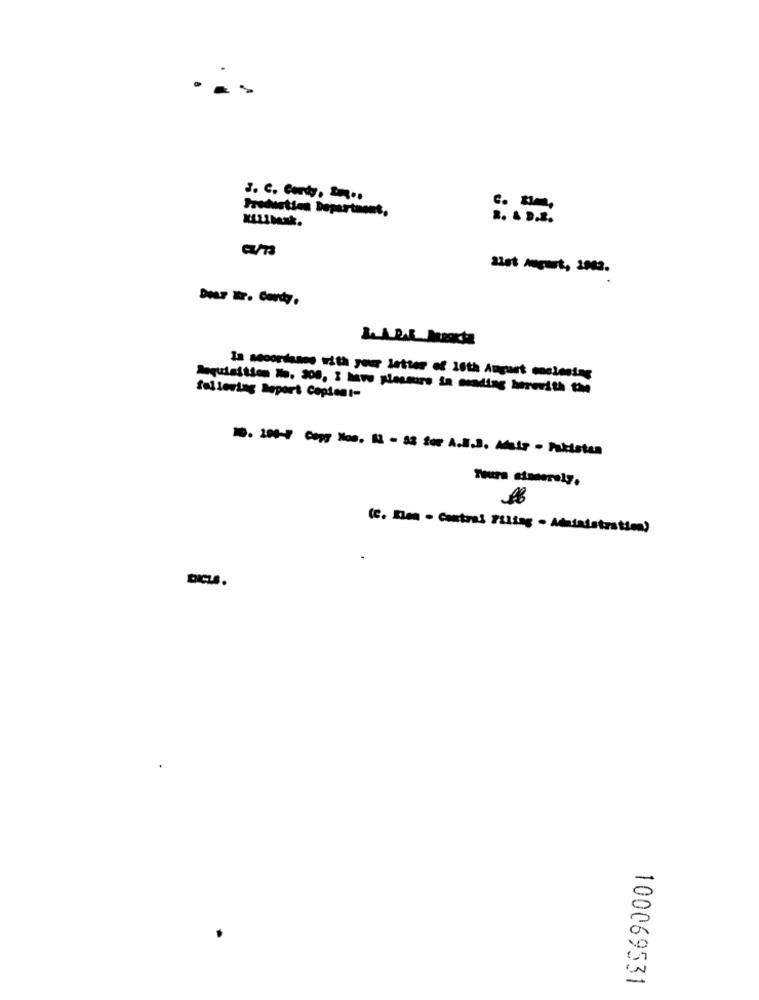
Ireduction Department,
c. -
8. 4 D.B.
DOLF Tr. Cordy.
Ia secordsnos with your letter of 16th August mnolesing
Requisition Who. 300, I have plessure in sending herwith the
following Deport Copiest-
Toura stonerely.
(C. Kon . Contral Filing . Adnialstration)
100069531